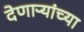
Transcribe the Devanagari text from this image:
देणाऱ्यांच्या